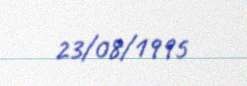
23/08/1995